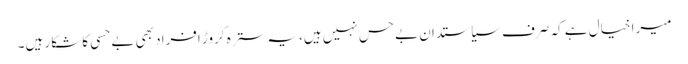
میرا خیال ہے کہ صرف سیاستدان بےحس نہیں ہیں، یہ سترہ کروڑ افراد بھی بےحسی کا شکار ہیں۔